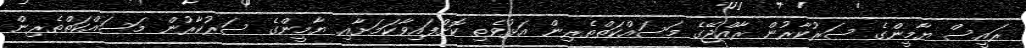
ރައީސް ޔާމީންގެ ސަރުކާރުން ރާއްޖޭގެ މަސައްކަތްތެރިން އަޅުވެތި ކޮށްފައިވާކަމަށާއި ޔާމީންގެ ސަރުކާރުން މަސައްކަތްތެރިން